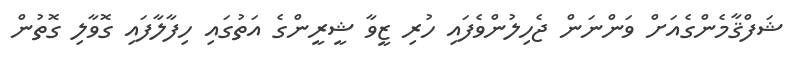
ޝަފްޤާމެންގެއަށް ވަންނަން ޖެހިލުންވެފައި ހުރި ޒީވާ ޝީރީންގެ އަތުގައި ހިފާލާފައި ގޮވާލި ގޮތުން